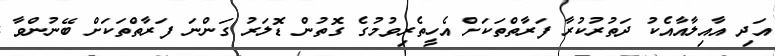
އަދި އާއިލާއާއެކު ދަތުރުކުރާ ފަރާތްތަކަށް އެހީތެރިވުމުގެ ގޮތުން ޑޮލަރު ގަންނަ ފަރާތްތަކަށް ބޭނުންވާ